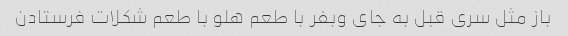
باز مثل سری قبل به جای وبفر با طعم هلو با طعم شکلات فرستادن